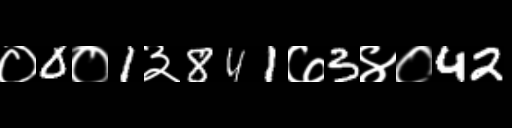
Text: ०0०1३841७3४०42